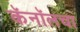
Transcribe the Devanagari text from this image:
कॅनॉलचा